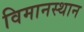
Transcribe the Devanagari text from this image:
विमानस्थान